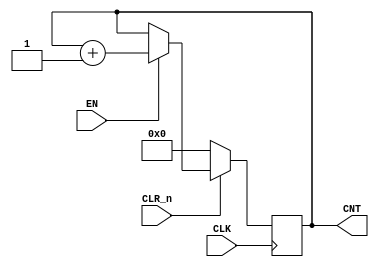
//--RAW TO RGB --- 	
module VGA_READ_COUNTER  (
	input  CLK ,
	input  CLR_n ,
	input  EN ,
	output  [15:0] CNT 
);

reg [15:0] CNT_ ;

assign CNT = CNT_ ; 

always @ ( posedge CLK )
 if ( !CLR_n) CNT_ <=0; 
 else if ( EN ) CNT_ <=CNT_ +1 ; 

endmodule